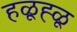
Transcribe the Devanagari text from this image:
हळूह्ळू